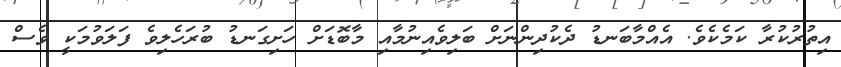
އިތުރުކުރާ ކަމެކެވެ. އެއްމާބަނޑު ދެކުދިންނަށް ބަލިވެއިނުމާއި މާބޮޑަށް ހަށިގަނޑު ބުރަހެލިވެ ފަލަވުމަކީ ވެސް